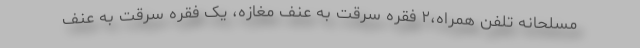
مسلحانه تلفن همراه،۲ فقره سرقت به عنف مغازه، یک فقره سرقت به عنف